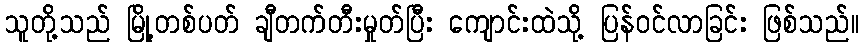
သူတို့သည် မြို့တစ်ပတ် ချီတက်တီးမှုတ်ပြီး ကျောင်းထဲသို့ ပြန်ဝင်လာခြင်း ဖြစ်သည်။